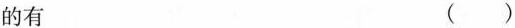
的有 （）